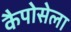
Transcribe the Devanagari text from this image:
कैपोसेला